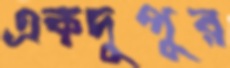
একদুপুর